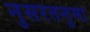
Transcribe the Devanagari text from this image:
नुसरतनुमा